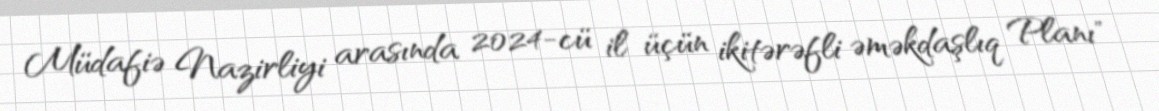
Müdafiə Nazirliyi arasında 2024-cü il üçün ikitərəfli əməkdaşlıq Planı"